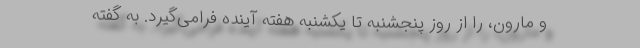
و مارون، را از روز پنجشنبه تا یکشنبه هفته آینده فرامی‌گیرد. به گفته